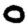
Digit: 0